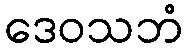
ဒေဝသဘံ